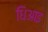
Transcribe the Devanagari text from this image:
धिआइ